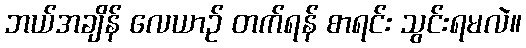
ဘယ်အချိန် လေယာဉ် တက်ရန် စာရင်း သွင်းရမလဲ။